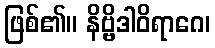
ဖြစ်၏။ နိဗ္ဗိဒါဝိရာဂေ၊